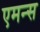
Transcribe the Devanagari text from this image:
एमन्स